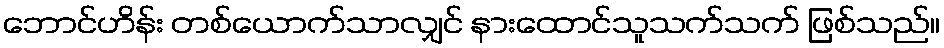
ဘောင်ဟိန်း တစ်ယောက်သာလျှင် နားထောင်သူသက်သက် ဖြစ်သည်။